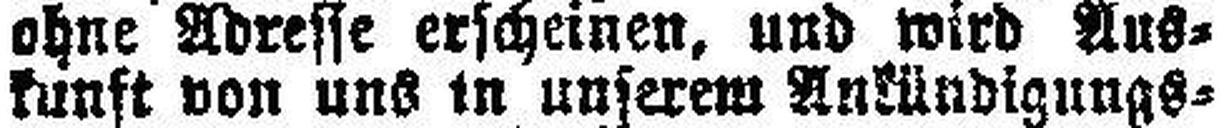
kunft von uns in unserem Ankündigungs=